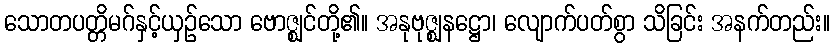
သောတပတ္တိမဂ်နှင့်ယှဉ်သော ဗောဇ္ဈင်တို့၏။ အနုဗုဇ္ဈနဋ္ဌော၊ လျောက်ပတ်စွာ သိခြင်း အနက်တည်း။